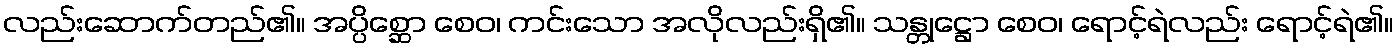
လည်းဆောက်တည်၏။ အပ္ပိစ္ဆော စေဝ၊ ကင်းသော အလိုလည်းရှိ၏။ သန္တုဋ္ဌော စေဝ၊ ရောင့်ရဲလည်း ရောင့်ရဲ၏။